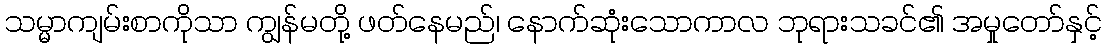
သမ္မာကျမ်းစာကိုသာ ကျွန်မတို့ ဖတ်နေမည်၊ နောက်ဆုံးသောကာလ ဘုရားသခင်၏ အမှုတော်နှင့်